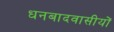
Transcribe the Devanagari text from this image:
धनबादवासीयों